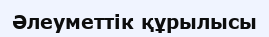
Әлеуметтік құрылысы